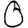
Digit: 0